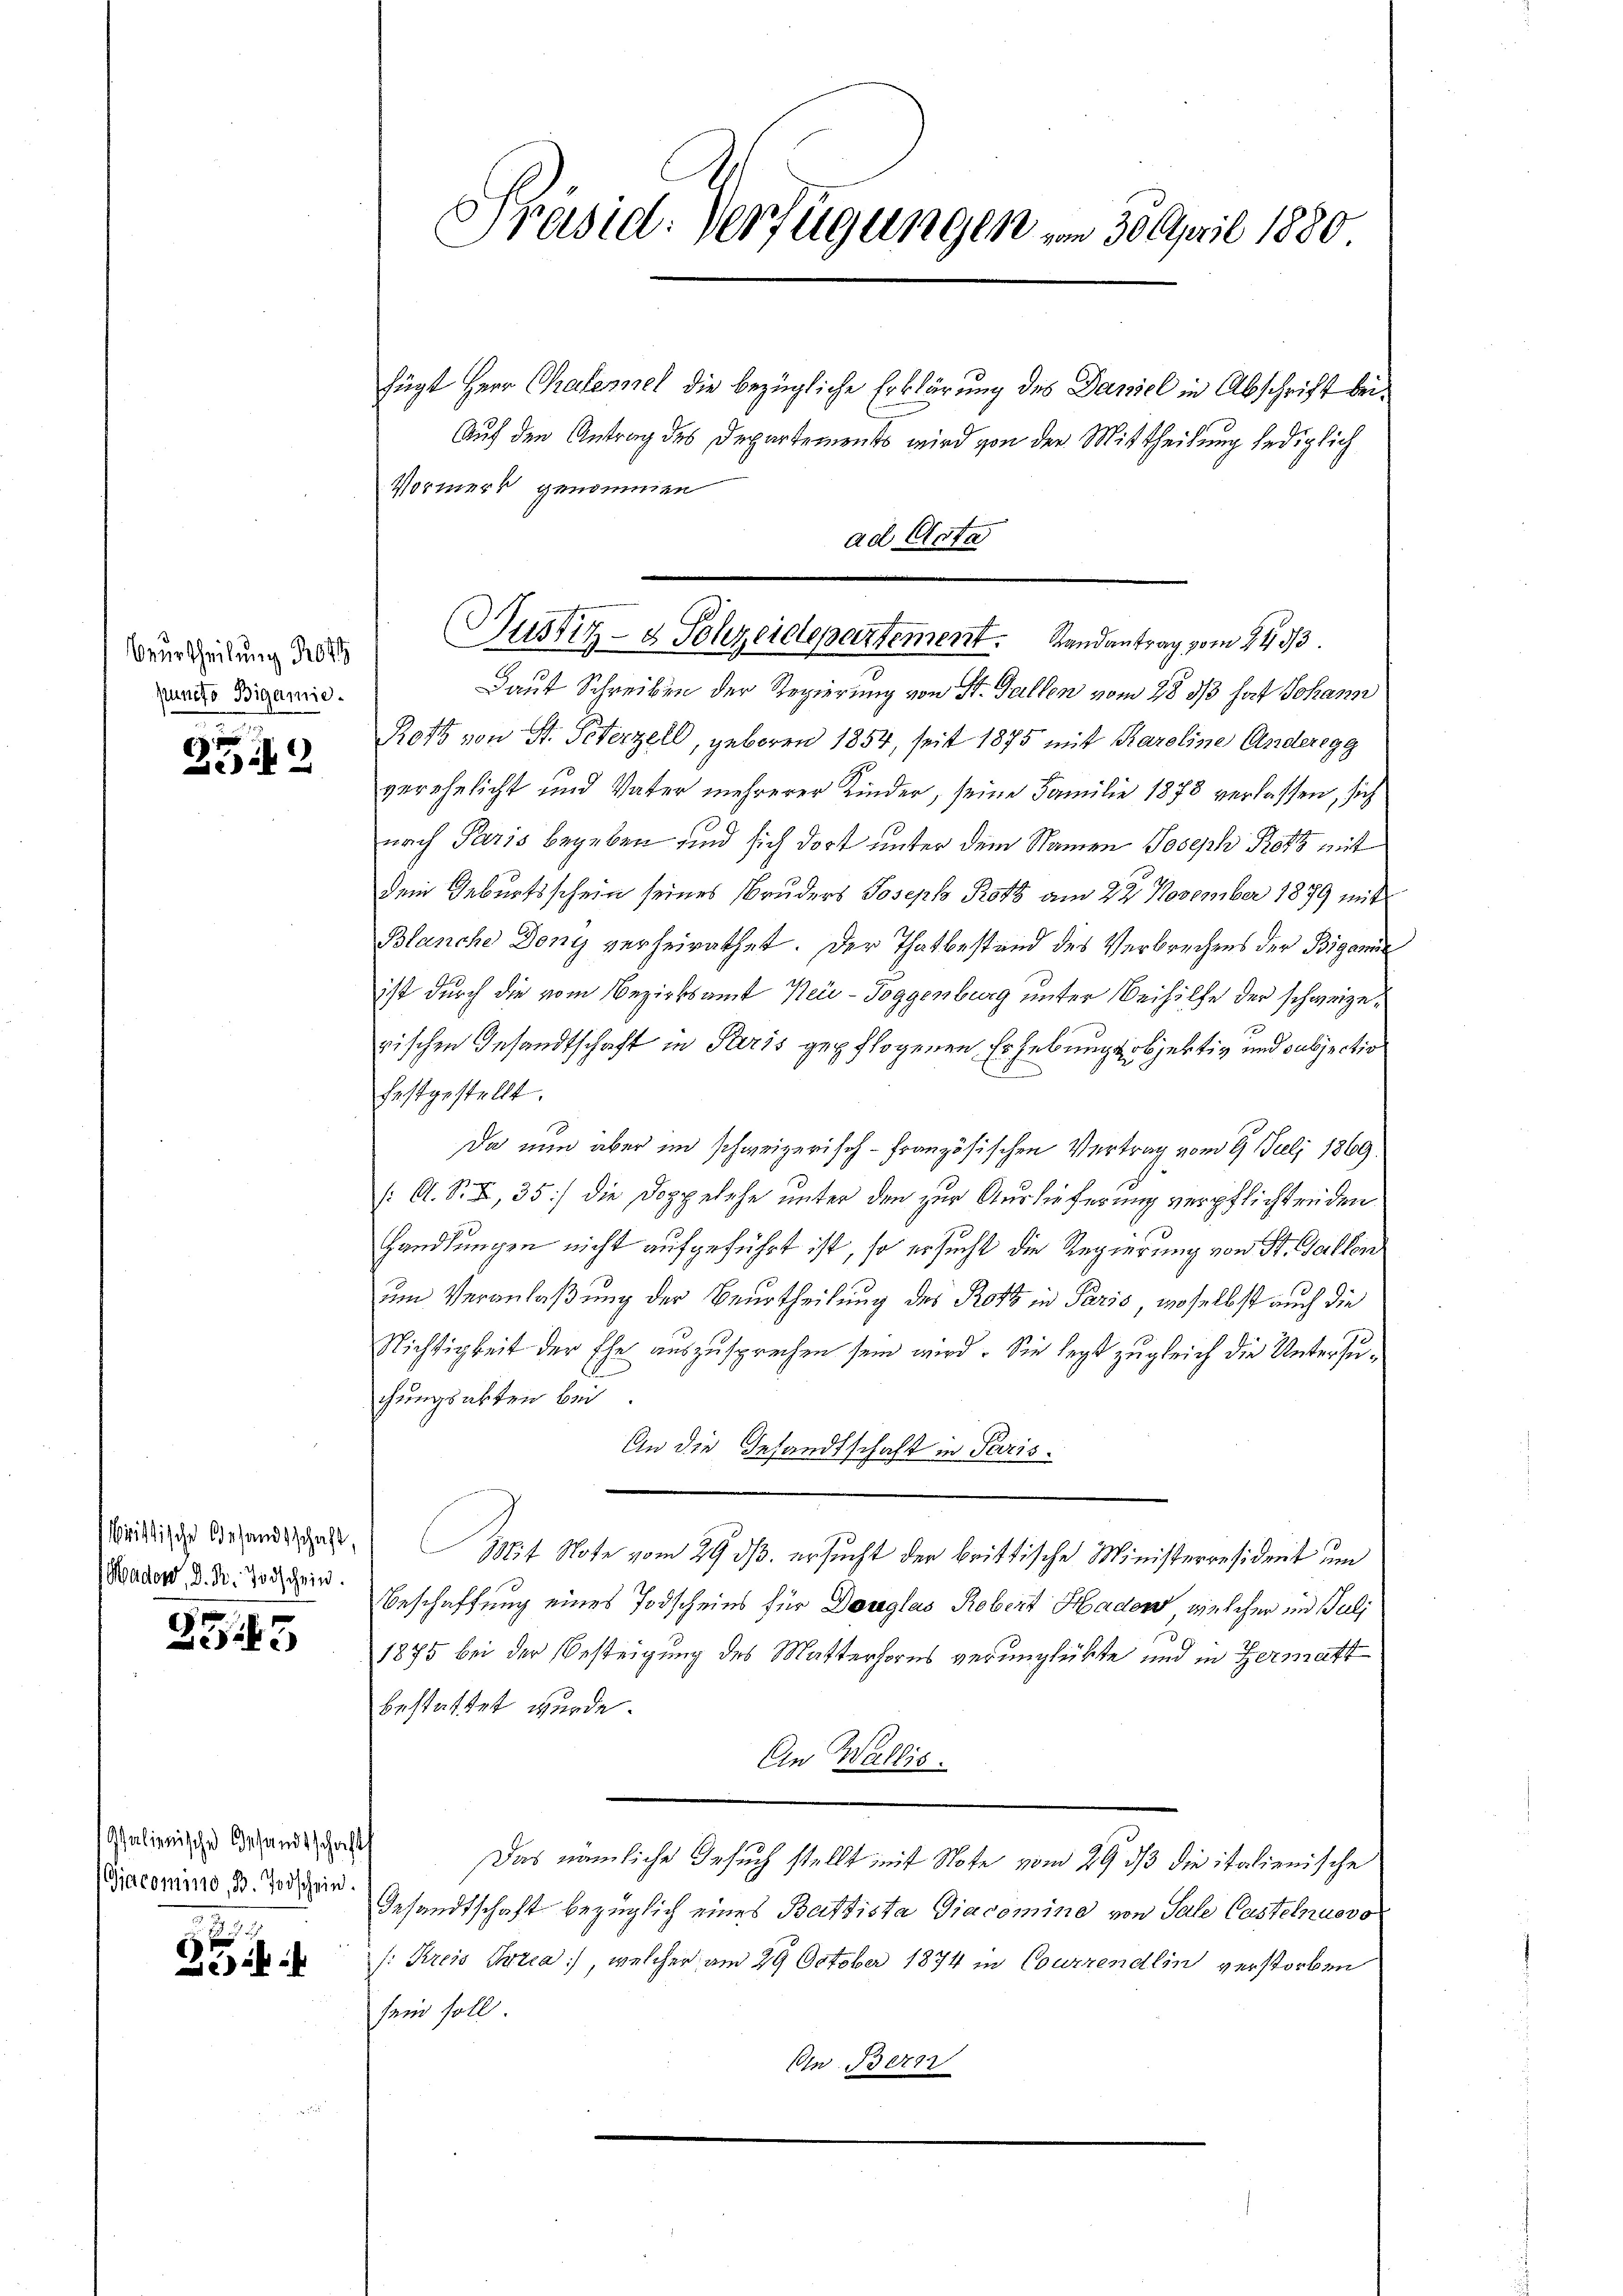
Beurtheilung Rott
puncto Bigamie.

25

kristische Gesandtschaft,
Mader, D. R. Todschein.

355

Italienische Gesandtschafts
Giacomino, B. Todschein.

2

Präsid. Verfügungen vom 30 April 1880

fügt Herr Chalermel die bezügliche Erklärung des Daniel in Abschrift bei¬
Auf den Antrag des Departements wird von der Mittheilung lediglich
Vormerk genommen
Laut Schreiben der Regierung von St. Gallen vom 28. 313 hat Johann
Rotz von St. Peterzell, geboren 1854, seit 1875 mit Karoline Anderegg
verehelicht und Vater mehrerer Kinder, seine Familie 1878 verlassen, sich
nach Paris begeben sind sich dort unter dem Namen Joseph Protz mit
dem Geburtsschein seines Bruders Joseph Roth am 22. November 1879 mit
Blanche Dony verheirathet. Der Thatbestand des Verbrechens der Bigarne
ist durch die vom Bezirksamt Neu-Toggenburg unter Beihilfe der schweizerischen Gesandtschaft in Paris gepflogenen Erhebungsobjektiv und subjection
festgestellt.
Da nun aber im schweizerisch-Französischen Vertrag vom 9. Juli 1869.
/: A. S. I, 35) die Doppelche unter den zur Auslieferung verpflichtenden
handlungen nicht aufgeführt ist, so ersucht die Regierung von St. Gallen
um Veranlaßung der Beurtheilung des Rotz in Paris, woselbst auch die
Nichtigkeit der Ehe auszusprechen sein wird. Sie legt zugleich die Untersufungsakten bei
An die Gesandtschaft in Paris.
18t Note vom 29 dß ersucht der brittische Ministerresident um
Beschaffung eines Todscheins für Douglas Rebert Haden, welcher im Juli
1875 bei der Besteigung des Mutterhores verunglükte und in Hermatt
bestattet wurde.
An Wallis.
Das nämliche Gesuch stellt mit Note vom 29. 33 die italienische
Gesandtschaft bezüglich eines Battista Giacomine von Sale Castelnuovo
: Kreis Petia, welcher am 29. October 1874 in Courrendlin verstorben
sein soll.
Ein Ber

ad Acte

Justiz- & Polizeidepartement. Randantrag vom 24. 33.